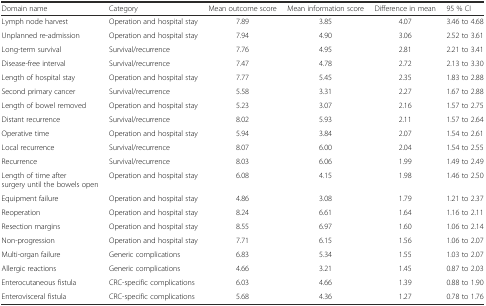
| Domain name | Category | Mean outcome score | Mean information score | Difference in mean | 95 % CI |
 | --- | --- | --- | --- | --- | --- |
 | Lymph node harvest | Operation and hospital stay | 7.89 | 3.85 | 4.07 | 3.46 to 4.68 |
 | Unplanned re-admission | Operation and hospital stay | 7.94 | 4.90 | 3.06 | 2.52 to 3.61 |
 | Long-term survival | Survival/recurrence | 7.76 | 4.95 | 2.81 | 2.21 to 3.41 |
 | Disease-free interval | Survival/recurrence | 7.47 | 4.78 | 2.72 | 2.13 to 3.30 |
 | Length of hospital stay | Operation and hospital stay | 7.77 | 5.45 | 2.35 | 1.83 to 2.88 |
 | Second primary cancer | Survival/recurrence | 5.58 | 3.31 | 2.27 | 1.67 to 2.88 |
 | Length of bowel removed | Operation and hospital stay | 5.23 | 3.07 | 2.16 | 1.57 to 2.75 |
 | Distant recurrence | Survival/recurrence | 8.02 | 5.93 | 2.11 | 1.57 to 2.64 |
 | Operative time | Operation and hospital stay | 5.94 | 3.84 | 2.07 | 1.54 to 2.61 |
 | Local recurrence | Survival/recurrence | 8.07 | 6.00 | 2.04 | 1.54 to 2.55 |
 | Recurrence | Survival/recurrence | 8.03 | 6.06 | 1.99 | 1.49 to 2.49 |
 | Length of time after surgery until the bowels open | Operation and hospital stay | 6.08 | 4.15 | 1.98 | 1.46 to 2.50 |
 | Equipment failure | Operation and hospital stay | 4.86 | 3.08 | 1.79 | 1.21 to 2.37 |
 | Reoperation | Operation and hospital stay | 8.24 | 6.61 | 1.64 | 1.16 to 2.11 |
 | Resection margins | Operation and hospital stay | 8.55 | 6.97 | 1.60 | 1.06 to 2.14 |
 | Non-progression | Operation and hospital stay | 7.71 | 6.15 | 1.56 | 1.06 to 2.07 |
 | Multi-organ failure | Generic complications | 6.83 | 5.34 | 1.55 | 1.03 to 2.07 |
 | Allergic reactions | Generic complications | 4.66 | 3.21 | 1.45 | 0.87 to 2.03 |
 | Enterocutaneous fistula | CRC-specific complications | 6.03 | 4.66 | 1.39 | 0.88 to 1.90 |
 | Enterovisceral fistula | CRC-specific complications | 5.68 | 4.36 | 1.27 | 0.78 to 1.76 |